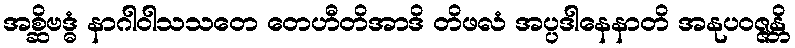
အစ္ဆိဗဒ္ဓံ နာဂါဝါသသတေ တေဟီတိအာဒိ တိဖလံ အပ္ပဒါနေနာတိ အနုပဝဇ္ဇန္တိ